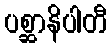
ပစ္ဆာနိပါတီ